Report on vaccination in Madras 1904-1921 - 1904-1921
Year: 1904
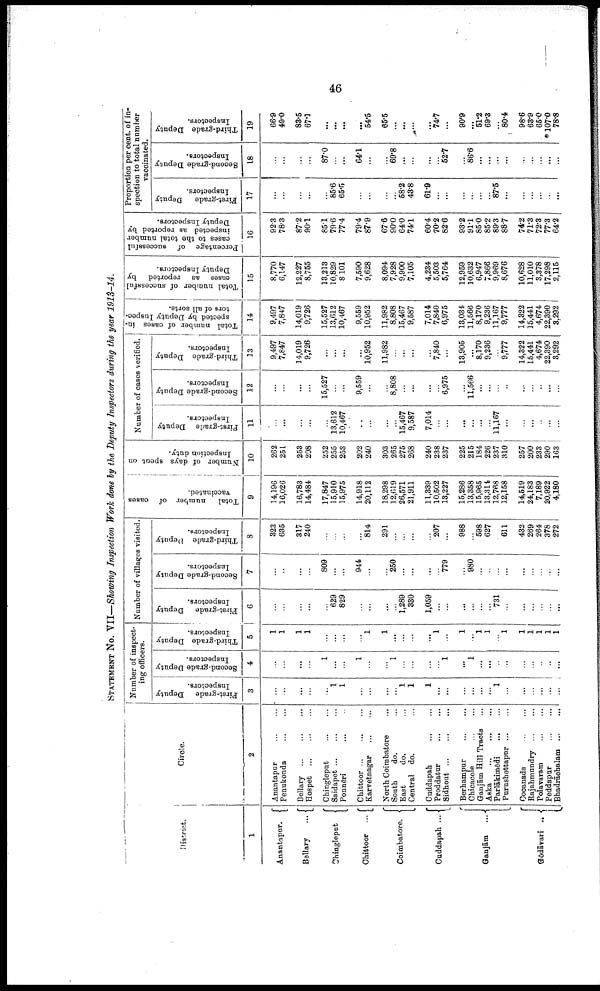
46
STATEMENT No. VII—Showing Inspection Work done by the Deputy Inspectors during the year 1913-14.
District.
1
Anantapur.
Betlary
...
Chingleput
Chittoor
...
Coimbatore.
Cuddapah ...
Ganjām ...
Gōdāyari
..
Circle.
2
Anantapur
...
...
Penukonda
...
...
Bellary
...
...
...
Hospet
...
...
...
Chingleput
...
...
Saidapet
...
...
...
Ponnēri ... ...
Chittoor
...
...
...
Karvetnagar
...
...
North Coimbatore ...
South
do. ...
East
do. ...
Central do. ...
Cuddapah
...
...
Proddatur
...
...
Sidhout
...
...
...
Berhampur
...
...
Chicacole
...
...
Ganjām Hill Tractcs ...
Aska
...
...
...
Parlākimedi
...
...
Purushottapur ... ...
Cocanada
...
...
Rajahmundry
...
...
Polavaram
...
...
Peddapur
...
...
Bhadrāchalam
...
...
Number of inspect
ing officers.
First-grade Deputy
Inspectors.
3
...
...
...
...
...
1
1
...
...
...
...
1
1
1
...
...
...
...
...
...
1
...
...
...
...
...
...
Second-grade Deputy
Inspectors.
4
...
...
...
...
1
...
...
1
...
...
1
...
...
...
...
1
...
1
...
...
...
...
...
...
...
...
...
Third-grade Deputy
Inspectors.
5
1
1
1
1
...
...
...
...
1
1
...
...
...
...
1
...
1
...
1
1
...
1
1
1
1
1
1
Number of villages visited.
First-grade Deputy
Inspectors.
6
...
...
...
...
...
629
829
...
...
...
...
1,289
330
1,059
...
...
...
...
...
...
731
...
...
...
...
...
...
Second-grade Deputy
Inspectors.
7
...
...
...
...
809
...
...
944
...
...
250
...
...
...
...
779
...
980
...
...
...
...
...
...
...
...
...
Third-grade Deputy
Inspectors.
8
323
685
317
240
...
...
...
...
814
291
...
...
...
...
207
...
988
...
598
627
...
611
432
269
264
378
272
Total
number of cases
vaccinated.
9
14,196
16,026
16,783
14,484
17,847
15,910
15,975
14,918
20,112
18,298
12,619
26,571
21,911
11,339
10,502
13,227
15,286
13,358
15,965
13,314
12,768
12,158
14,519
24,183
7,189
20,922
4,180
Number of days spent on
Inspection duty.
10
262
251
253
208
252
255
253
202
240
303
265
275
268
240
238
237
225
215
184
226
237
310
257
200
233
290
163
Number of cases verified.
First-grade Deputy
Inspectors.
11
...
...
...
...
...
13,612
10,467
...
...
...
...
15,467
9,587
7,014
...
...
...
...
...
...
11,167
...
...
...
...
...
...
Second-grade Deputy
Inspectors.
12
...
...
...
...
15,527
...
...
9,559
...
...
8,808
...
...
...
...
6,975
...
11,566
...
...
...
...
...
...
..
...
...
Third-grade Deputy
Inspectors.
13
9,497
7,847
14,019
9,726
...
...
...
...
10,952
11,982
...
...
...
...
7,840
...
13,905
...
8,170
9,236
...
9,777
14,322
15,441
4,674
22,390
3,292
Total number of cases in
spected by Deputy Inspec-
tors of all sorts.
14
9,497
7,847
14,019
9,726
15,527
13,612
10,167
9,559
10,952
11,982
8,808
15,467
9,587
7,014
7,840
6,975
13,034
11,566
8,170
9,236
11,167
9,777
14,322
15,441
4,674
22,390
3,292
Total number of successful
cases as reported
by
Deputy Inspectors.
15
8,770
6,147
12,227
8,755
13,213
10,829
8,101
7,590
9,628
8,094
7,928
9,900
7,105
4,234
5,503
5,764
12,959
10,632
6,947
7,866
9,969
8,676
10,628
11,010
3,378
17,298
2,115
Percentage of successful
cases to the total number
inspected as reported by
Deputy Inspectors.
16
92.3
78.3
87.2
90.1
85.1
79.6
77.4
79.4
87.9
67.6
90.0
64.0
74.1
60.4
70.2
82.6
93.2
91.1
85.0
85.2
89.3
88.7
74.2
71.3
72.3
77.3
64.2
Proportion per cent. of in
spection to total number
vaccinated.
First-grade
Deputy
Inspectors.
17
...
...
...
...
...
85.6
65.5
...
...
...
...
58.2
43.8
61.9
...
...
...
...
...
...
87.5
...
...
...
...
...
...
Second-grade Deputy
Inspectors.
18
...
...
...
...
87.0
...
...
64.1
...
...
69.8
...
...
...
...
52.7
...
86.6
...
...
...
...
...
...
...
...
...
Third-grade Deputy
Inspectors.
19
66.9
49.0
83.5
67.1
...
...
...
...
54.5
65.5
...
...
...
...
74.7
...
90.9
...
51.2
69.3
...
80.4
98.6
63.9
65.0
*107.0
78.8